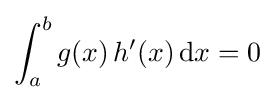
\int _{a}^{b}g(x)\,h'(x)\,\mathrm {d} x=0